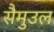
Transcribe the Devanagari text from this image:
सैमुउल